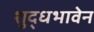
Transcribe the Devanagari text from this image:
शुद्धभावेन